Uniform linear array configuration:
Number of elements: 4
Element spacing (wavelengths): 0.25
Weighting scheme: exponential
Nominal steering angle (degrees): -30
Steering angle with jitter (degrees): -28.459
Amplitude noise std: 0.05
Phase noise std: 0.05

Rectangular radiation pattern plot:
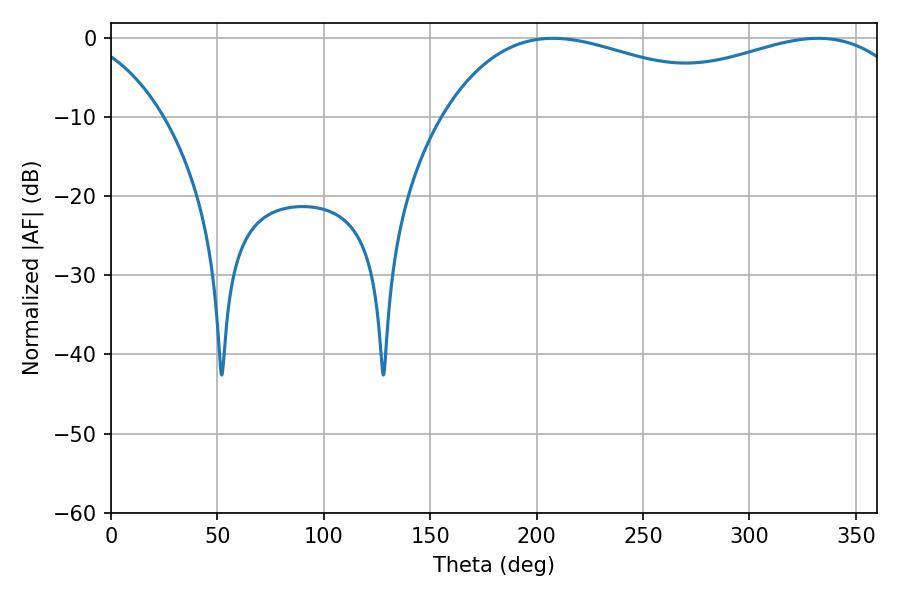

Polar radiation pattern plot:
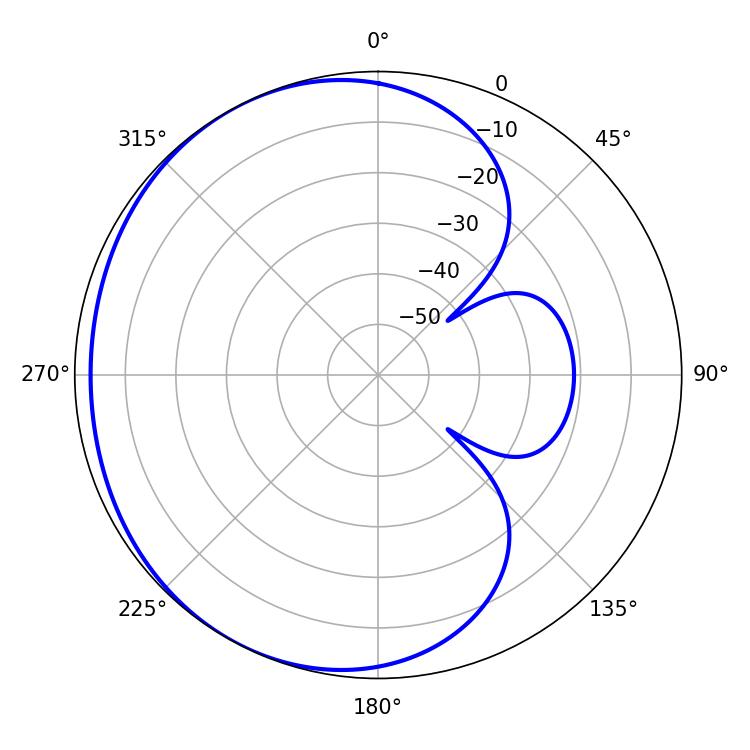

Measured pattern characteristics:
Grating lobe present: FALSE
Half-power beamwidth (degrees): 85.14
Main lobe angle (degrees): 207.72